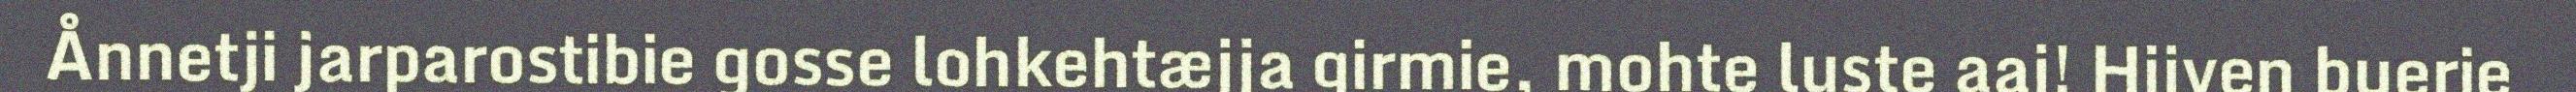
Ånnetji jarparostibie gosse lohkehtæjja girmie, mohte luste aaj! Hijven buerie